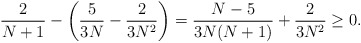
\begin{align*}\frac{2}{N+1}-\left(\frac{5}{3N}-\frac{2}{3N^2}\right)=\frac{N-5}{3N(N+1)}+\frac{2}{3N^2} \ge 0.\end{align*}